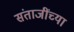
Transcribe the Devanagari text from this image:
संताजींच्या